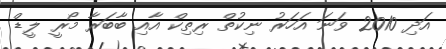
އަދި 2010 ވަނަ އަހަރު ނިކުތް ރިތިކް އާއި ބާބަރާ މޯރީ ލީޑް